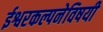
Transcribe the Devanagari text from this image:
ईश्वरकल्पनेविषयी